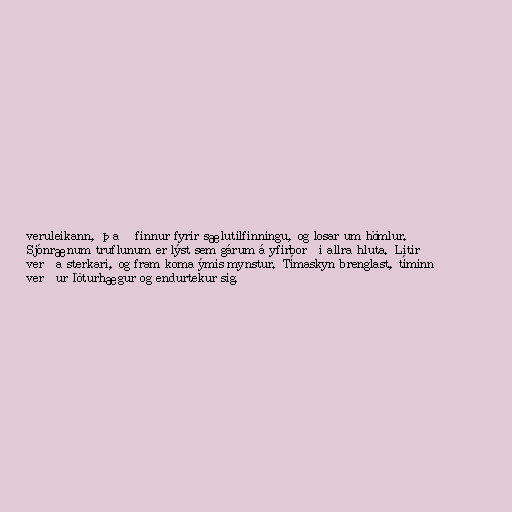
veruleikann, það finnur fyrir sælutilfinningu, og losar um hömlur.
Sjónrænum truflunum er lýst sem gárum á yfirborði allra hluta. Litir
verða sterkari, og fram koma ýmis mynstur. Tímaskyn brenglast, tíminn
verður löturhægur og endurtekur sig.